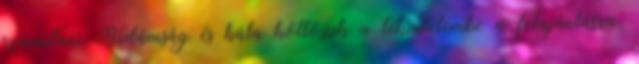
számítani. Vidámság és hála költözik a tekintetembe a felajánlásra.